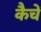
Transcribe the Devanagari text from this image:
कैचें